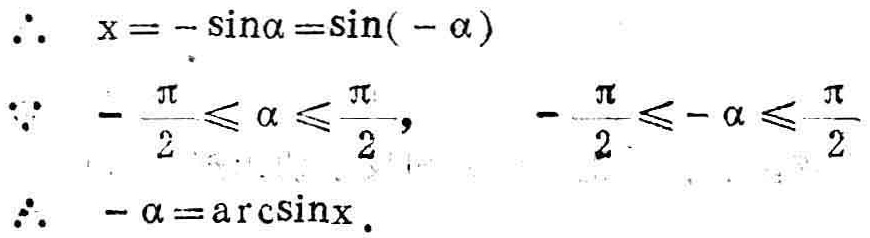
\[\begin{align*}
&\therefore\ x = -\sin\alpha=\sin(-\alpha)\\
&\because\ -\frac{\pi}{2}\leqslant\alpha\leqslant\frac{\pi}{2},\quad-\frac{\pi}{2}\leqslant-\alpha\leqslant\frac{\pi}{2}\\
&\therefore\ -\alpha=\arcsin x.
\end{align*}\]